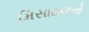
મિસાઇલનો